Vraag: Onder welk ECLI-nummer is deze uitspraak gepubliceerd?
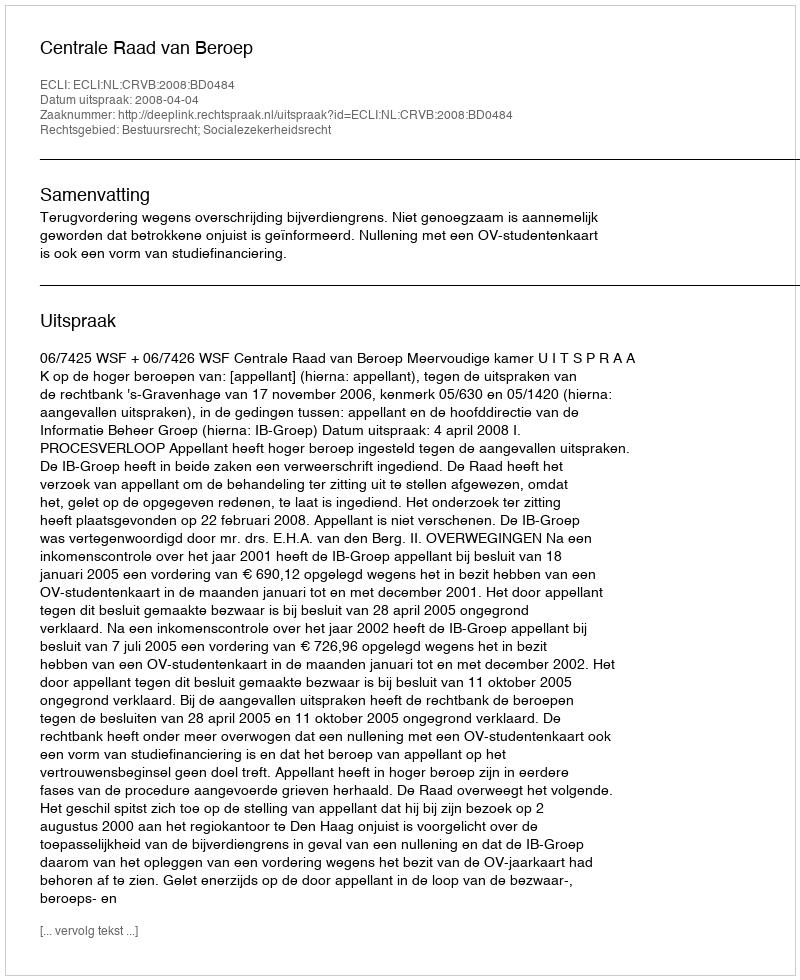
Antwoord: ECLI:NL:CRVB:2008:BD0484